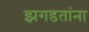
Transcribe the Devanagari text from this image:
झगडतांना